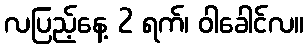
လပြည့်နေ့ 2 ရက်၊ ဝါခေါင်လ။